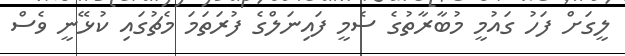
ލީގަށް ފަހު ގައުމީ މުބާރާތުގެ ސެމީ ފައިނަލްގެ ފުރަތަމަ މެޗުގައި ކުޅޭނީ ވެސް